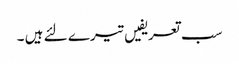
سب تعریفیں تیرے لئے ہیں ۔